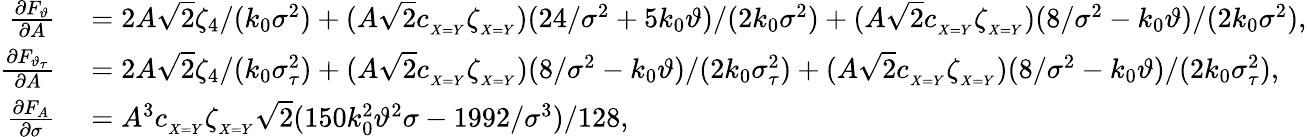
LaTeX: \begin{array}{rl}{\frac{\partial F_{\vartheta}}{\partial A}}&{{}=2A\sqrt{2}\zeta_{4}/(k_{0}\sigma^{2})+(A\sqrt{2}c_{_{X=Y}}\zeta_{_{X=Y}})(24/\sigma^{2}+5k_{0}\vartheta)/(2k_{0}\sigma^{2})+(A\sqrt{2}c_{_{X=Y}}\zeta_{_{X=Y}})(8/\sigma^{2}-k_{0}\vartheta)/(2k_{0}\sigma^{2}),}\\ {\frac{\partial F_{\vartheta_{\tau}}}{\partial A}}&{{}=2A\sqrt{2}\zeta_{4}/(k_{0}\sigma_{\tau}^{2})+(A\sqrt{2}c_{_{X=Y}}\zeta_{_{X=Y}})(8/\sigma^{2}-k_{0}\vartheta)/(2k_{0}\sigma_{\tau}^{2})+(A\sqrt{2}c_{_{X=Y}}\zeta_{_{X=Y}})(8/\sigma^{2}-k_{0}\vartheta)/(2k_{0}\sigma_{\tau}^{2}),}\\ {\frac{\partial F_{A}}{\partial\sigma}}&{{}=A^{3}c_{_{X=Y}}\zeta_{_{X=Y}}\sqrt{2}(150k_{0}^{2}\vartheta^{2}\sigma-1992/\sigma^{3})/128,}\end{array}